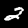
Label: 2